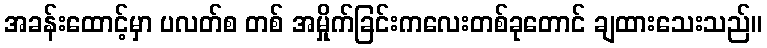
အခန်းထောင့်မှာ ပလတ်စ တစ် အမှိုက်ခြင်းကလေးတစ်ခုတောင် ချထားသေးသည်။